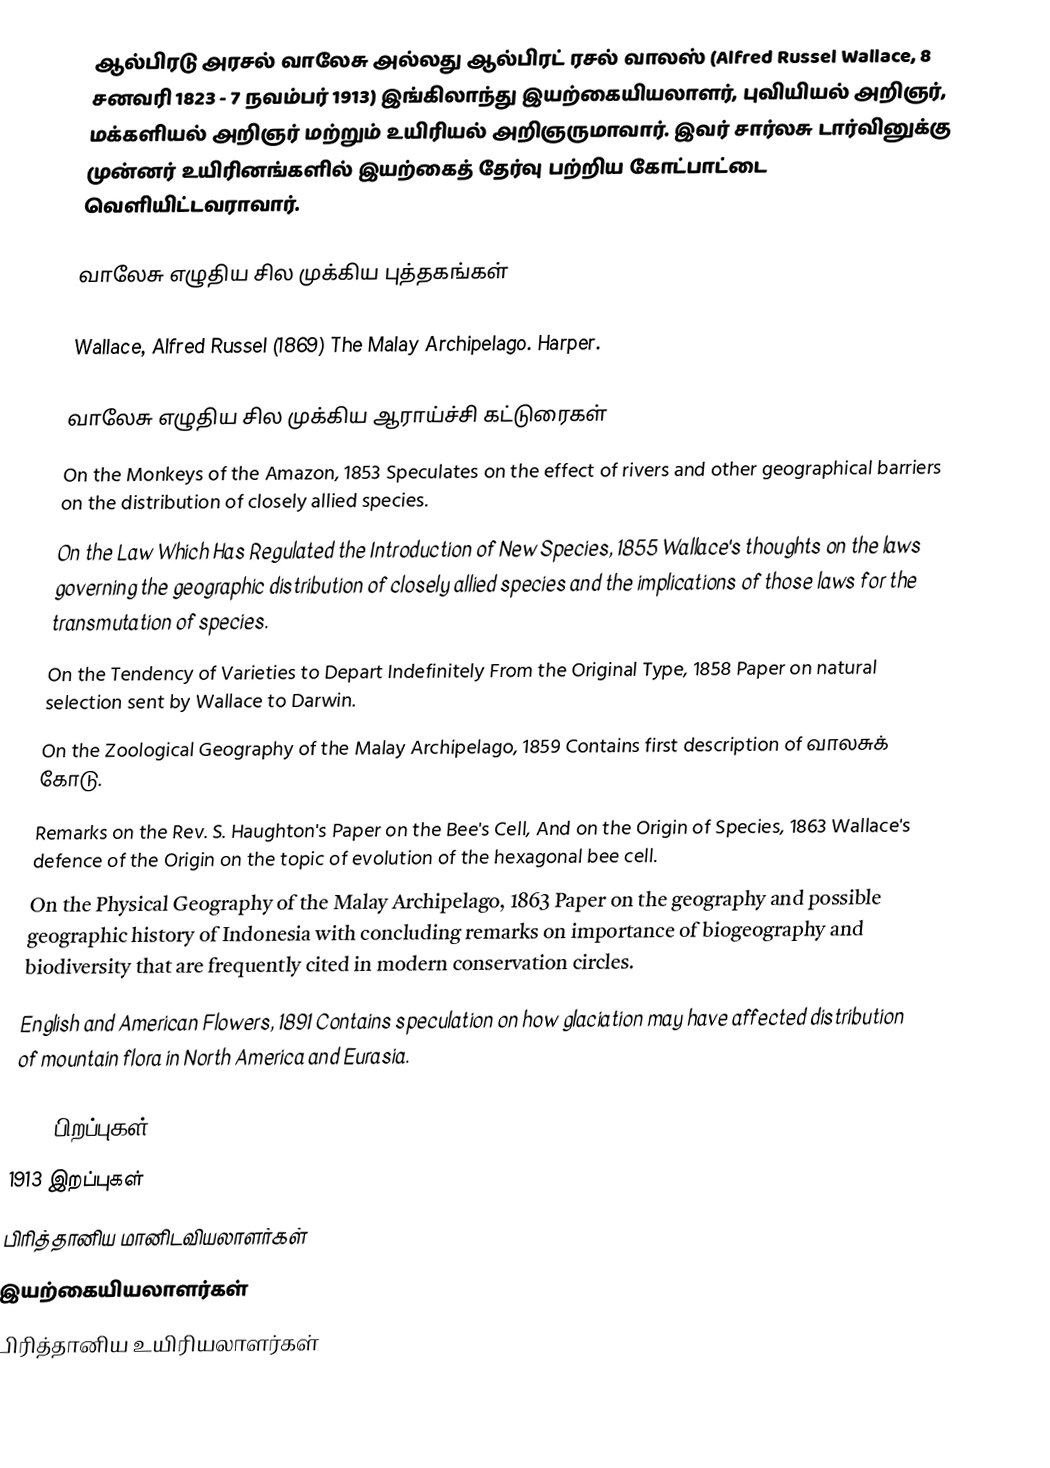
ஆல்பிரடு அரசல் வாலேசு அல்லது ஆல்பிரட் ரசல் வாலஸ் (Alfred Russel Wallace,  8 சனவரி 1823 - 7 நவம்பர் 1913) இங்கிலாந்து இயற்கையியலாளர், புவியியல் அறிஞர், மக்களியல் அறிஞர் மற்றும் உயிரியல் அறிஞருமாவார். இவர் சார்லசு டார்வினுக்கு முன்னர் உயிரினங்களில் இயற்கைத் தேர்வு பற்றிய கோட்பாட்டை வெளியிட்டவராவார்.

வாலேசு எழுதிய சில முக்கிய புத்தகங்கள்

 Wallace, Alfred Russel (1869) The Malay Archipelago. Harper.

வாலேசு எழுதிய சில முக்கிய ஆராய்ச்சி கட்டுரைகள்
 On the Monkeys of the Amazon, 1853 Speculates on the effect of rivers and other geographical barriers on the distribution of closely allied species.
 On the Law Which Has Regulated the Introduction of New Species, 1855 Wallace's thoughts on the laws governing the geographic distribution of closely allied species and the implications of those laws for the transmutation of species.
 On the Tendency of Varieties to Depart Indefinitely From the Original Type, 1858 Paper on natural selection sent by Wallace to Darwin.
 On the Zoological Geography of the Malay Archipelago, 1859 Contains first description of வாலசுக் கோடு.
 Remarks on the Rev. S. Haughton's Paper on the Bee's Cell, And on the Origin of Species, 1863 Wallace's defence of the Origin on the topic of evolution of the hexagonal bee cell.
 On the Physical Geography of the Malay Archipelago, 1863 Paper on the geography and possible geographic history of Indonesia with concluding remarks on importance of biogeography and biodiversity that are frequently cited in modern conservation circles.
 English and American Flowers, 1891 Contains speculation on how glaciation may have affected distribution of mountain flora in North America and Eurasia.

1823 பிறப்புகள்
1913 இறப்புகள்
பிரித்தானிய மானிடவியலாளர்கள்
இயற்கையியலாளர்கள்
பிரித்தானிய உயிரியலாளர்கள்